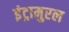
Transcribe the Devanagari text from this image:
इंट्रामुरल